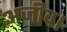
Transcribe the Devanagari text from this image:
अजीव।